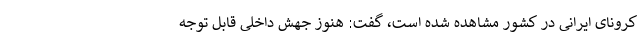
کرونای ایرانی در کشور مشاهده شده است، گفت: هنوز جهش داخلی قابل توجه